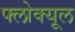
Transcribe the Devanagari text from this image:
फ्लोक्यूल